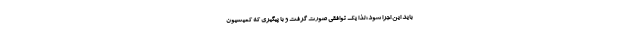
باید این اجرا شود؛ لذا یک توافقی صورت گرفت و با پیگیری که کمیسیون